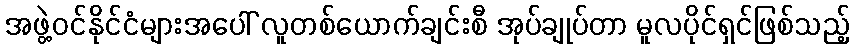
အဖွဲ့ဝင်နိုင်ငံများအပေါ် လူတစ်ယောက်ချင်းစီ အုပ်ချုပ်တာ မူလပိုင်ရှင်ဖြစ်သည့်